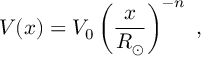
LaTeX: V ( x ) = V _ { 0 } \left( \frac { x } { R _ { \odot } } \right) ^ { - n } \ ,